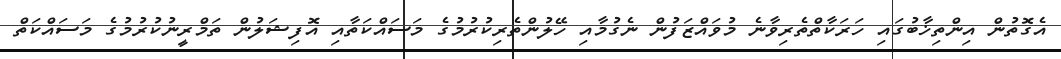
އެގޮތުން އިންތިޚާބުގައި ހަރަކާތްތެރިވާނެ މުވައްޒަފުން ނެގުމާއި ހޭލުންތެރިކުރުމުގެ މަސައްކަތާއި އޮފިޝަލުން ތަމްރީނުކުރުމުގެ މަސައްކަތް